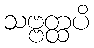
သဗ္ဗတ္ထပိ